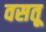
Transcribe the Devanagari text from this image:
वसतू